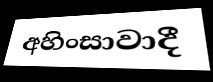
අහිංසාවාදී